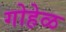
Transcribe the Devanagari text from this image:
गोहेळ